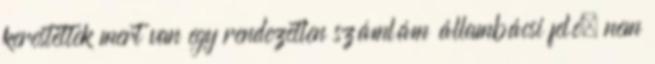
kerestettek mert van egy rendezetlen számlám állambácsi felé, nem